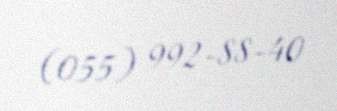
(055) 992-88-40